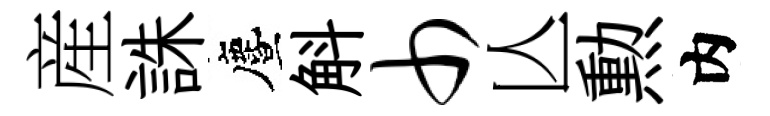
産誅󵨌斛巾亾勲内